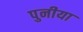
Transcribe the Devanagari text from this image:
पुनीया